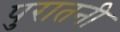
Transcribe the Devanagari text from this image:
पुरातनी